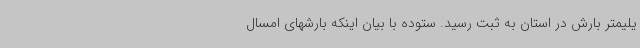
یلیمتر بارش در استان به ثبت رسید. ستوده با بیان اینکه بارشهای امسال